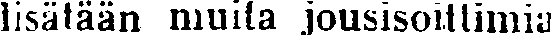
lisätään muita jousisoittimia